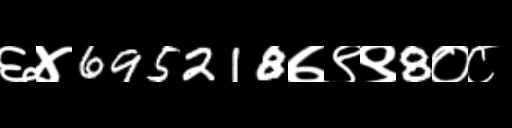
Text: ६४695218७९९8०८